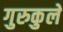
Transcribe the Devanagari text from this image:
गुरुकुले